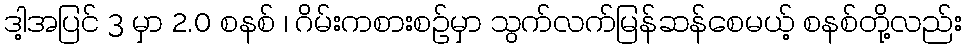
ဒါ့အပြင် 3 မှာ 2.0 စနစ် ၊ ဂိမ်းကစားစဉ်မှာ သွက်လက်မြန်ဆန်စေမယ့် စနစ်တို့လည်း